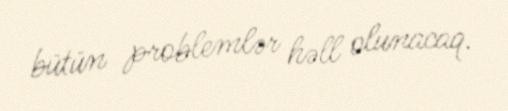
bütün problemlər həll olunacaq.